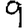
Digit: 9